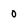
Character: 0